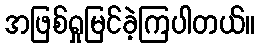
အဖြစ်ရှုမြင်ခဲ့ကြပါတယ်။